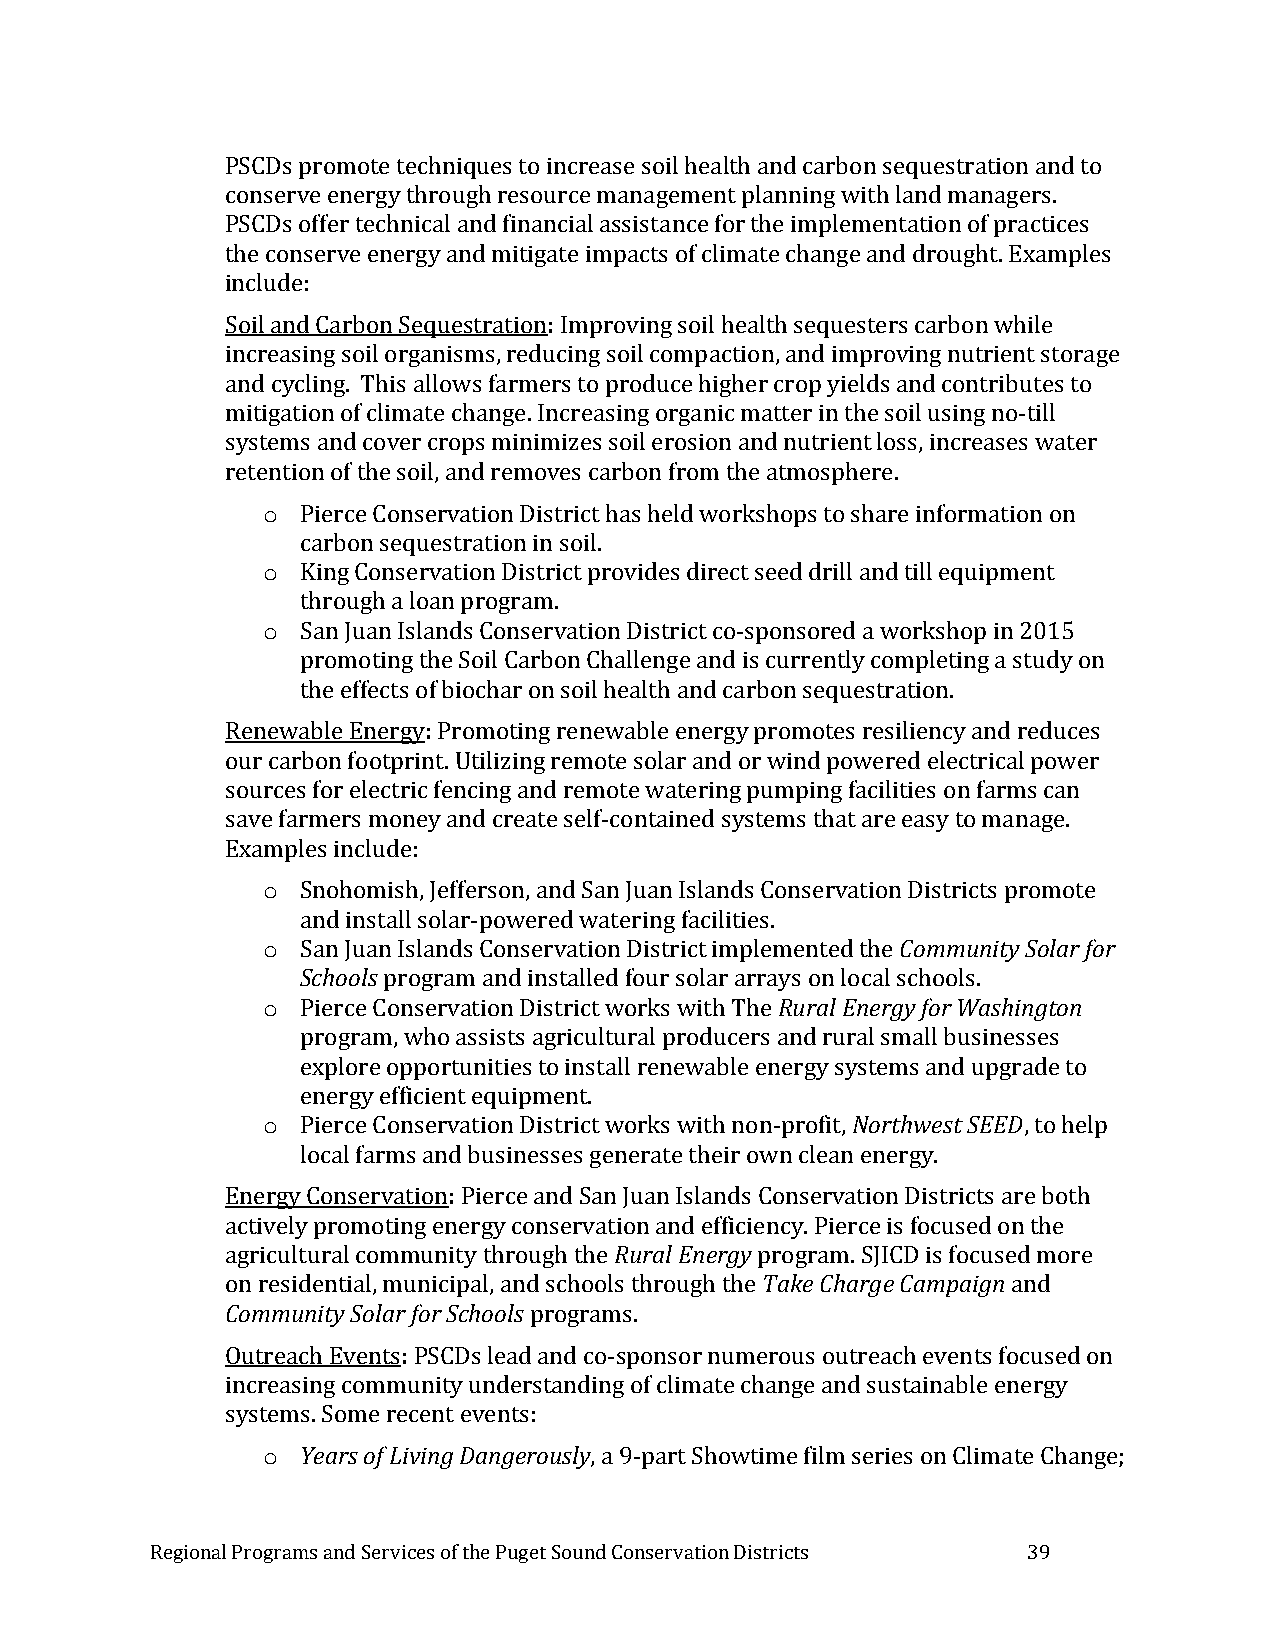
PSCDs promote techniques to increase soil health and carbon sequestration and to
 conserve energy through resource management planning with land managers.
 PSCDs offer technical and financial assistance for the implementation of practices
 the conserve energy and mitigate impacts of climate change and drought. Examples
 include:
 Soil and Carbon Sequestration: Improving soil health sequesters carbon while
 increasing soil organisms, reducing soil compaction, and improving nutrient storage
 and cycling. This allows farmers to produce higher crop yields and contributes to
 mitigation of climate change. Increasing organic matter in the soil using no-till
 systems and cover crops minimizes soil erosion and nutrient loss, increases water
 retention of the soil, and removes carbon from the atmosphere.
 o  Pierce Conservation District has held workshops to share information on
 carbon sequestration in soil.
 o  King Conservation District provides direct seed drill and till equipment
 through a loan program.
 o  San Juan Islands Conservation District co-sponsored a workshop in 2015
 promoting the Soil Carbon Challenge and is currently completing a study on
 the effects of biochar on soil health and carbon sequestration.
 Renewable Energy: Promoting renewable energy promotes resiliency and reduces
 our carbon footprint. Utilizing remote solar and or wind powered electrical power
 sources for electric fencing and remote watering pumping facilities on farms can
 save farmers money and create self-contained systems that are easy to manage.
 Examples include:
 o  Snohomish, Jefferson, and San Juan Islands Conservation Districts promote
 and install solar-powered watering facilities.
 o  San Juan Islands Conservation District implemented the Community Solar for
 Schools program and installed four solar arrays on local schools.
 o  Pierce Conservation District works with The Rural Energy for Washington
 program, who assists agricultural producers and rural small businesses
 explore opportunities to install renewable energy systems and upgrade to
 energy efficient equipment.
 o  Pierce Conservation District works with non-profit, Northwest SEED, to help
 local farms and businesses generate their own clean energy.
 Energy Conservation: Pierce and San Juan Islands Conservation Districts are both
 actively promoting energy conservation and efficiency. Pierce is focused on the
 agricultural community through the Rural Energy program. SJICD is focused more
 on residential, municipal, and schools through the Take Charge Campaign and
 Community Solar for Schools programs.
 Outreach Events: PSCDs lead and co-sponsor numerous outreach events focused on
 increasing community understanding of climate change and sustainable energy
 systems. Some recent events:
 o  Years of Living Dangerously, a 9-part Showtime film series on Climate Change;
 Regional Programs and Services of the Puget Sound Conservation Districts 39